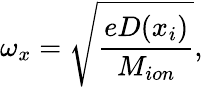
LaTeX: \omega_{x}=\sqrt{\frac{eD(x_{i})}{M_{ion}}},